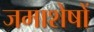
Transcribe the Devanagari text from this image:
जमाशेषों